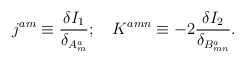
\begin{align*}j^{am} \equiv \frac{\delta I_1}{\delta_{A_m^a}}; \quad K^{amn} \equiv -2\frac{\delta I_2}{\delta_{B_{mn}^a}}.\end{align*}